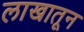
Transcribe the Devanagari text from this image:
लाखातून